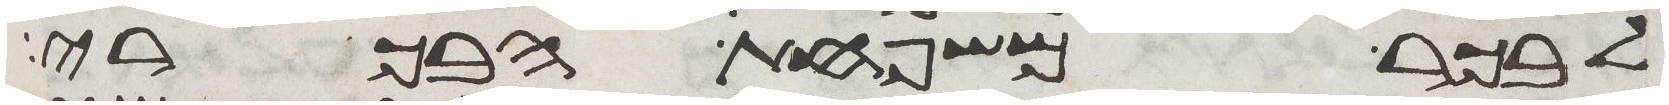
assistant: לבכר משפחת הבכרי